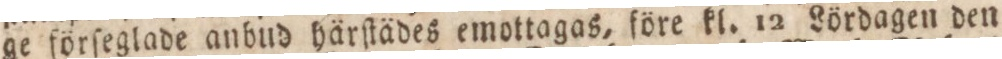
ge förſeglade anbud härſtädes emottagas, före kl. 12 Lördagen den